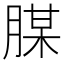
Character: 腜